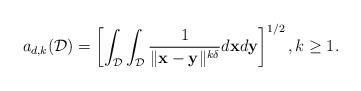
LaTeX: \begin{align*}a_{d,k}(\mathcal{D})=\left[ \int_{\mathcal{D}}\int_{\mathcal{D}}\frac{1}{\Vert \mathbf{x}-\mathbf{y}\Vert ^{k\delta}}d\mathbf{x}d\mathbf{y}\right] ^{1/2},k\geq 1. \end{align*}